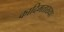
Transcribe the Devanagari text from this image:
कादिमताख्या